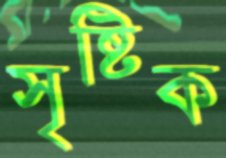
সৃষ্টিক